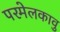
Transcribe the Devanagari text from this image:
परमेलकावु